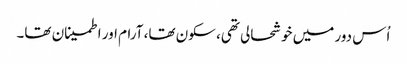
اُس دور میں خوشحالی تھی، سکون تھا، آرام اور اطمینان تھا۔